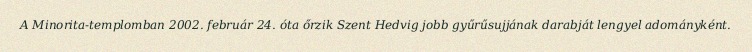
A Minorita-templomban 2002. február 24. óta őrzik Szent Hedvig jobb gyűrűsujjának darabját lengyel adományként.